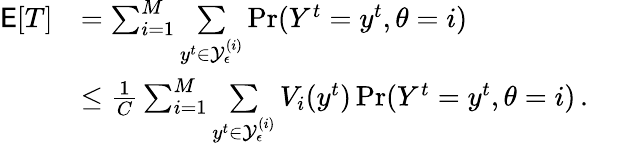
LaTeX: \begin{array}{rlr}{\mathsf{E}[T]}&{=\sum_{i=1}^{M}\underset{y^{t}\in\mathcal{Y}_{\epsilon}^{(i)}}{\sum}\operatorname*{Pr}(Y^{t}=y^{t},\theta=i)}&\\ &{\le\frac{1}{C}\sum_{i=1}^{M}\underset{y^{t}\in\mathcal{Y}_{\epsilon}^{(i)}}{\sum}V_{i}(y^{t})\operatorname*{Pr}(Y^{t}=y^{t},\theta=i)\, .}&\end{array}